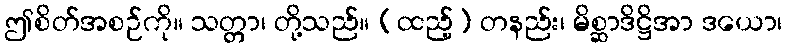
ဤစိတ်အစဉ်ကို။ သတ္တာ၊ တို့သည်။ (ထည့်) တနည်း၊ မိစ္ဆာဒိဋ္ဌိအာ ဒယော၊